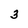
Character: 3